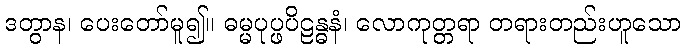
ဒတွာန၊ ပေးတော်မူ၍။ ဓမ္မပုပ္ဖပိဠန္ဓနံ၊ လောကုတ္တရာ တရားတည်းဟူသော